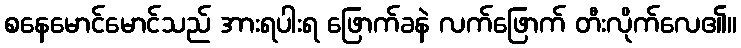
စနေမောင်မောင်သည် အားရပါးရ ဖြောက်ခနဲ လက်ဖြောက် တီးလိုက်လေ၏။